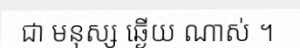
ជា មនុស្ស ឆ្ងើយ ណាស់ ។